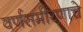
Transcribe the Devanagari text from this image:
वर्णसमीरणाचे